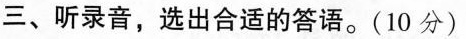
三、听录音,选出合适的答语.(10 分)